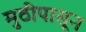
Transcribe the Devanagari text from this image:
मुठीपासून